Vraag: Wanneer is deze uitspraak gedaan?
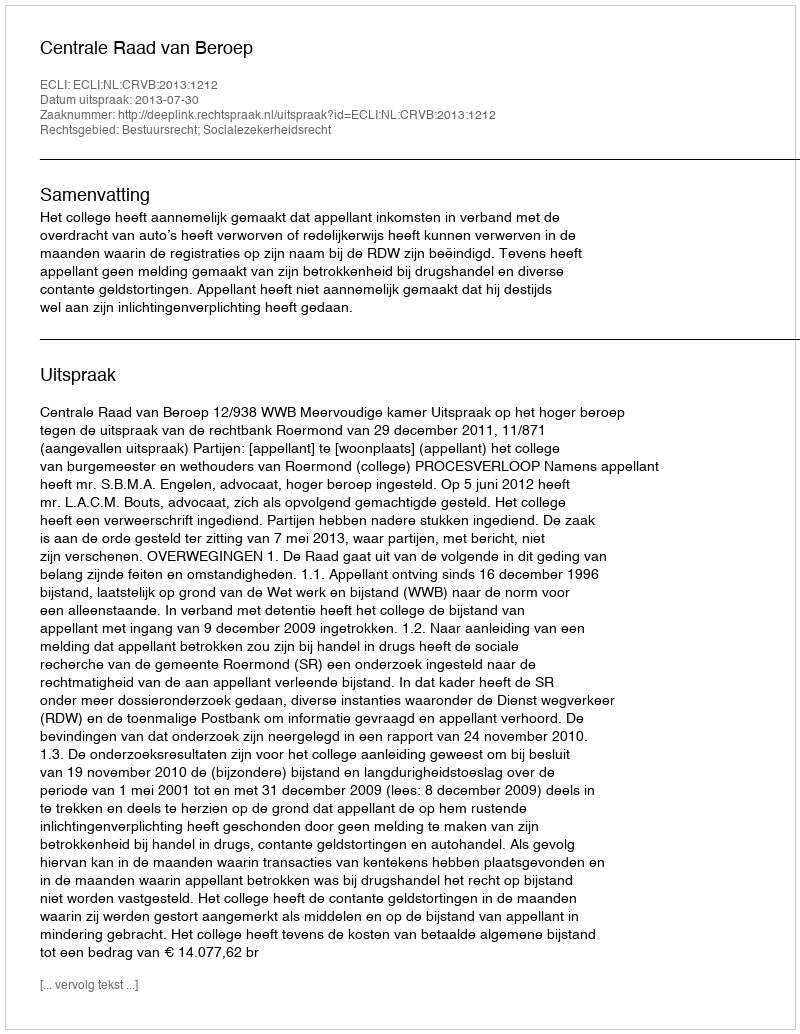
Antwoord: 2013-07-30